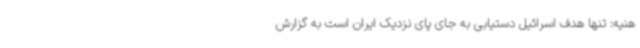
هنیه: تنها هدف اسرائیل دستیابی به جای پای نزدیک ایران است به گزارش